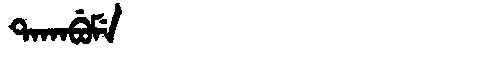
Manchu: ᡨᠠᡴᠠᠪᡠᠮᡝ
Romanization: TAKABUME